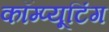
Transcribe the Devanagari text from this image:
कॉम्प्यूटिंग